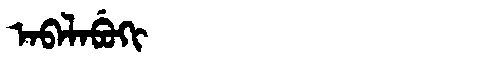
Manchu: ᠠᠪᠠᠯᠠᠪᡠᡴᡳ
Romanization: ABALABUKI